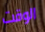
الوقت